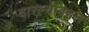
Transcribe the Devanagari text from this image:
वारल्याबद्दल